Leaving Certificate Examination, 1921
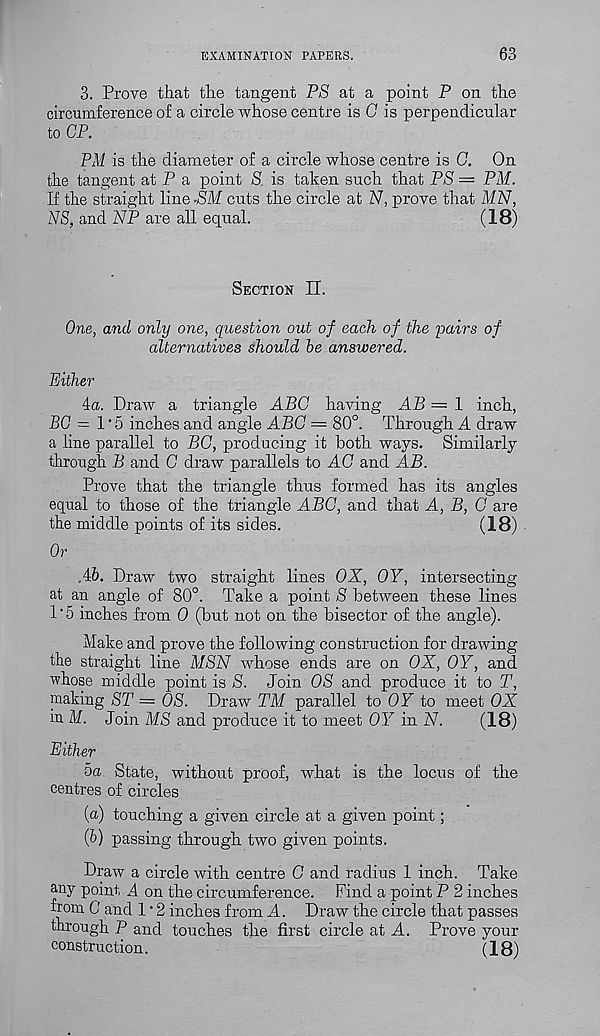
EXAMINATION PAPERS.
63
3. Prove that the tangent PS at a point P on the
circumference of a circle whose centre is C is perpendicular
to CP.
PM is the diameter of a circle whose centre is C. On
the tangent at P a point S is taken such that PS — PM.
If the straight line -SM cuts the circle at N, prove that MN,
NS, and NP are all equal.
(18)
Section II.
One, and only one, question out of each of the pairs of
alternatives should be answered.
Either
4a. Draw a triangle ABC having AB — 1 inch,
BC = 1 • 5 inches and angle ABC — 80°. Through A draw
a line parallel to BC, producing it both ways. Similarly
through B and C draw parallels to AO and AB.
Prove that the triangle thus formed has its angles
equal to those of the triangle ABC, and that A, B, C are
the middle points of its sides.
(18)
Or
4&. Draw two straight lines OX, OY, intersecting
at an angle of 80°. Take a point S between these lines
1'5 inches from 0 (but not on the bisector of the angle).
Make and prove the following construction for drawing
the straight line MSN whose ends are on OX, OY, and
whose middle point is S. Join OS and produce it to T,
making ST = OS. Draw TM parallel to OF to meet OX
in M. Join MS and produce it to meet OF in N.
(18)
Either
5a. State, without proof, what is the locus of the
centres of circles
(а) touching a given circle at a given point;
(б) passing through two given points.
Draw a circle with centre G and radius 1 inch. Take
any point A on the circumference. Find a point P 2 inches
from C and 1 • 2 inches from A. Draw the circle that passes
through P and touches the first circle at A. Prove your
construction.
(18)